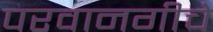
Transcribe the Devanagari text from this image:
परवानगीचे